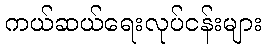
ကယ်ဆယ်ရေးလုပ်ငန်းများ